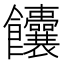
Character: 饢